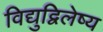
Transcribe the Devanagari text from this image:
विद्युद्विलेष्य